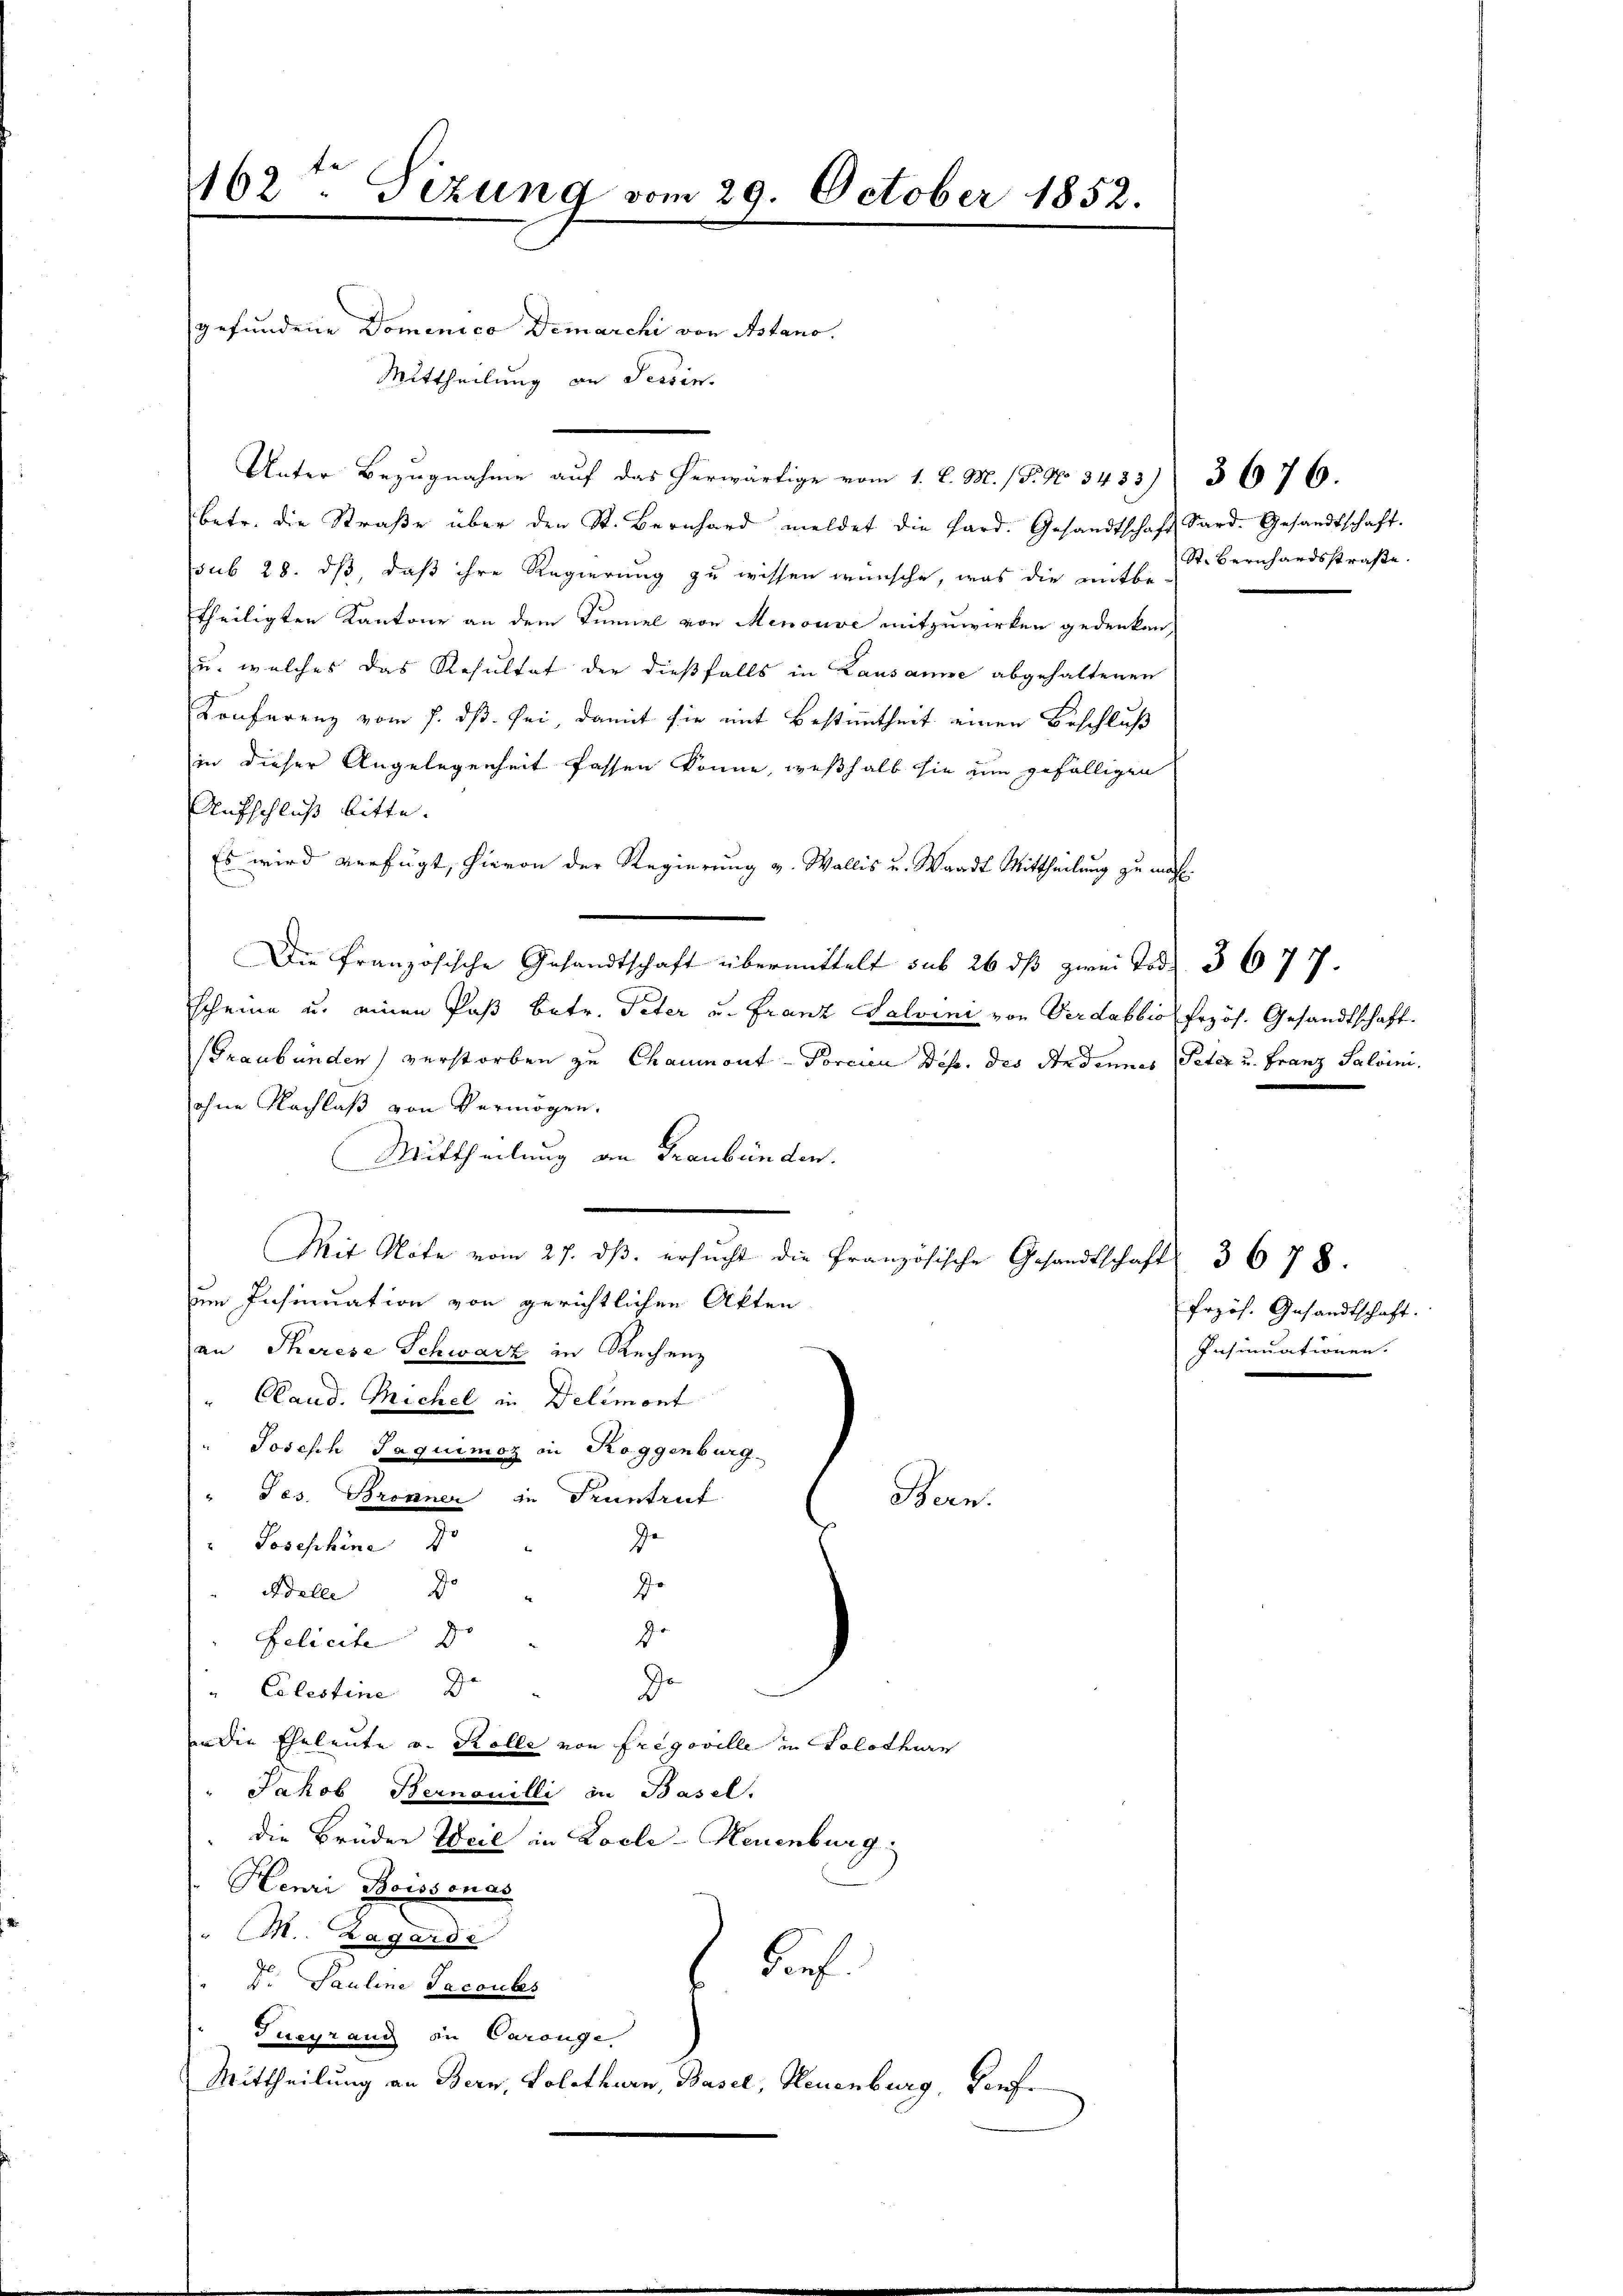
162. Tizung vom 29. October 1852.

gefundene Dominica Demarchi von Astano.
Mittheilung an Tessin.
Unter Bezugnahme auf das herwärtige vom 1. d. M. / B. No 3483) 3676.
betr. die Straβe über den St. Bernhard meldet die Pard. Gesandtschaft Sard. Gesandtschaft.
sub 28. dß, daß ihre Regierung zu wissen wünsche, was die mit St. Bernhardsstraße.
theiligten Kantone an dem Tunnel von Menouve mitzuwirken gedenken,
u. welches das Resultat der dießfalls in Lausanne abgehaltenen
Konferenz vom 7. ds. sei, damit sie mit Bestimmtheit einen Beschluß
in dieser Angelegenheit fassen könne, weßhalb sie um gefälligen
Aufschluß bitte.
Es wird verfügt, hievon der Regierung v. Wallis u. Waadt Mittheilung zu mach
Die Französische Gesandtschaft übermittelt sub 26 dß zwei Tode 3 677.
scheine u. einen Post betr. Peter u. Franz Salvini von Verdabbio frzös. Gesandtschaft.
Graubünden) verstorben zu Chaumont-Porcien Depo. des Andennes Peter u. Franz Salvini.
ohne Nachlaß von Vermögen.
Mittheilung an Graubünden.
Mit Note vom 27. dβ. ersŭcht die französische Gesandtschaft 3 678.
um Insinuation von gerichtlichen Akten
an Therese Schwarz in Rechenz
" Plaud. Michel in Delémont
Joseph Jaquimoz in Roggenburg.
" Jes. Bronner in Pruntrut
Bern.
" Josephine Jo
de
do
Adelle J
d.
Felicite d
"Colestine
de
n die Eheleute v. Kolle von Fregoville in Solothurn
" Jakob Bernouilli in Basel.
" die Brüder Weil in Locle-Neuenburg.
Henri Boissonac
" M. Bagarde
dorf.
V. Pauline Jacoubs
Tuegrand in Carange,
Mittheilung an Bern, Solothurn, Basel, Neuenburg, Dorfe

frzös. Gesandtschaft.
Insinuationen.
.